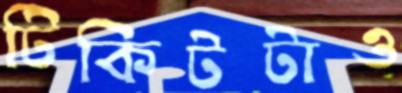
টিকিটটাও